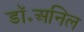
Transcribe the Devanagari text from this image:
डॉ॰अनिल